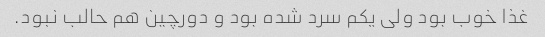
غذا خوب بود ولی یکم سرد شده بود و دورچین هم حالب نبود.